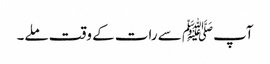
آپﷺ سے رات کے وقت ملے۔